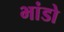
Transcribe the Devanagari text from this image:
भांडो